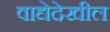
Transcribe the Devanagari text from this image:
वाद्येदेखील